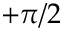
+ \pi / 2